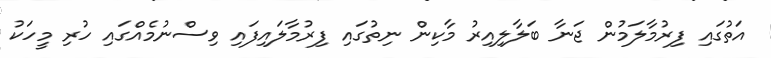
އަތުގައި ފިރުމާލަމުން ޖަނާ ބަލާލިއިރު މާކިން ނިތުގައި ފިރުމާލައިފައި ވިސްނުމެއްގައި ހުރި މީހަކު